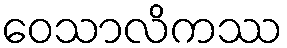
ဝေသာလိကဿ